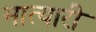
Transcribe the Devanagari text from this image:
मात्यारी